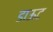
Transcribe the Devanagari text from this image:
डाऊट